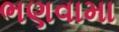
ભણવામા